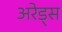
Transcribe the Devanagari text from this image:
अरेड्स